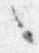
々